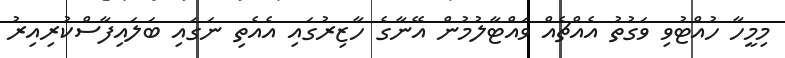
މިމީހާ ހުއްޓުވި ވަގުތު އެއްޗެއް ވައްޓާލުމުން އޭނާގެ ހާޒިރުގައި އެއެތި ނަގައި ބަލައިފާސްކުރިއިރު